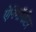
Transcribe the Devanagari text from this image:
ऐनिमॉमीटर